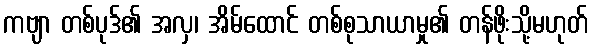
ကဗျာ တစ်ပုဒ်၏ အလှ၊ အိမ်ထောင် တစ်စုသာယာမှု၏ တန်ဖိုးသို့မဟုတ်